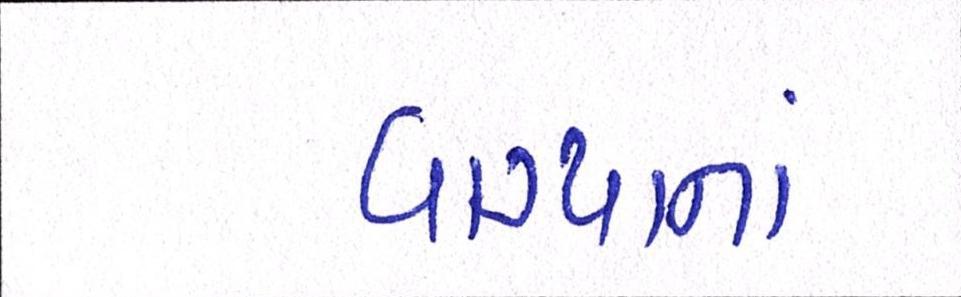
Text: વાગ્યાનાં